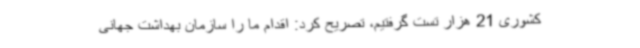
کشوری 21 هزار تست گرفتیم، تصریح کرد: اقدام ما را سازمان بهداشت جهانی